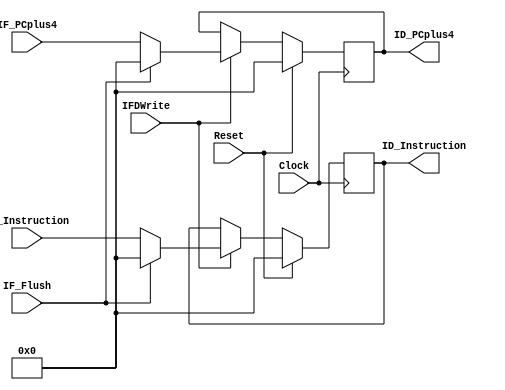
`timescale 1ns / 1ps

/*
    Registradores de pipeline entre as fases IF (instruction fetch)
    e ID (Instruction Decode).

    Quando IFDWrite est em 0, os registradores de ID no recebem os dados de IF.
    Quando IF_Flush est em 1, os registradores de ID so zerados (informao perdida).
*/

module IF_ID_Stage (
    input Clock,
    input Reset,
    input [31:0] IF_PCplus4,
    input [31:0] IF_Instruction,
    input IFDWrite,
    input IF_Flush,

    output reg[31:0] ID_Instruction,
    output reg[31:0] ID_PCplus4
    );

    always@(posedge Clock) begin
        ID_Instruction <= (Reset) ? 32'd0 : ((!IFDWrite) ? ID_Instruction : ((IF_Flush) ? 32'd0 : IF_Instruction)); 
        ID_PCplus4     <= (Reset) ? 32'd0 : ((!IFDWrite) ? ID_PCplus4     : ((IF_Flush) ? 32'd0 : IF_PCplus4    )); 
    end
endmodule